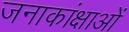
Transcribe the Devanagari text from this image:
जनाकांक्षाओं